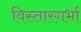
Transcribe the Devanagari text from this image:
विस्तारगर्भा